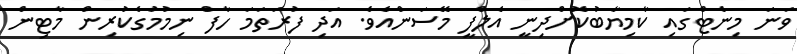
ވަނަ މިނެޓްގައި ކާމިޔާބުކޮށްދިނީ އެލްފީ މޭސަންއެވެ. އަދި ފުރަތަމަ ހާފް ނިމުމުގެކުރިން މާޓިން